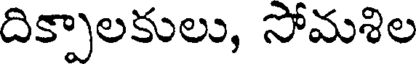
దిక్పాలకులు, సోమశిల